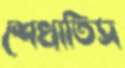
শেখাতিস